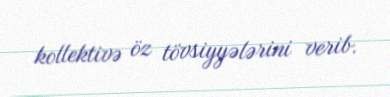
kollektivə öz tövsiyyələrini verib.